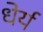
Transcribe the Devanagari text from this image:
धेर्य